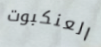
العنكبوت